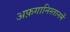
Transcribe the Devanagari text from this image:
अफ़गानिस्तानमें